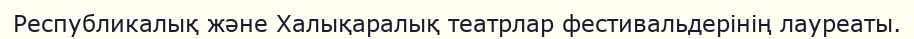
Республикалық және Халықаралық театрлар фестивальдерінің лауреаты.